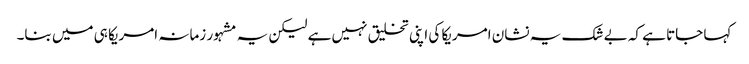
کہا جاتا ہے کہ بے شک یہ نشان امریکا کی اپنی تخلیق نہیں ہے لیکن یہ مشہور زمانہ امریکا ہی میں بنا۔